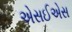
એસઈએસ